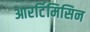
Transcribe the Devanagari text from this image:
आरर्टिमिसिन